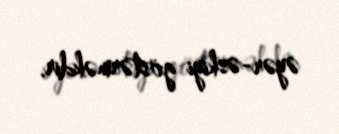
əyər-əskiyi göstərməkdir.